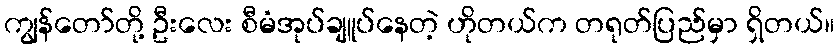
ကျွန်တော်တို့ ဦးလေး စီမံအုပ်ချူပ်နေတဲ့ ဟိုတယ်က တရုတ်ပြည်မှာ ရှိတယ်။